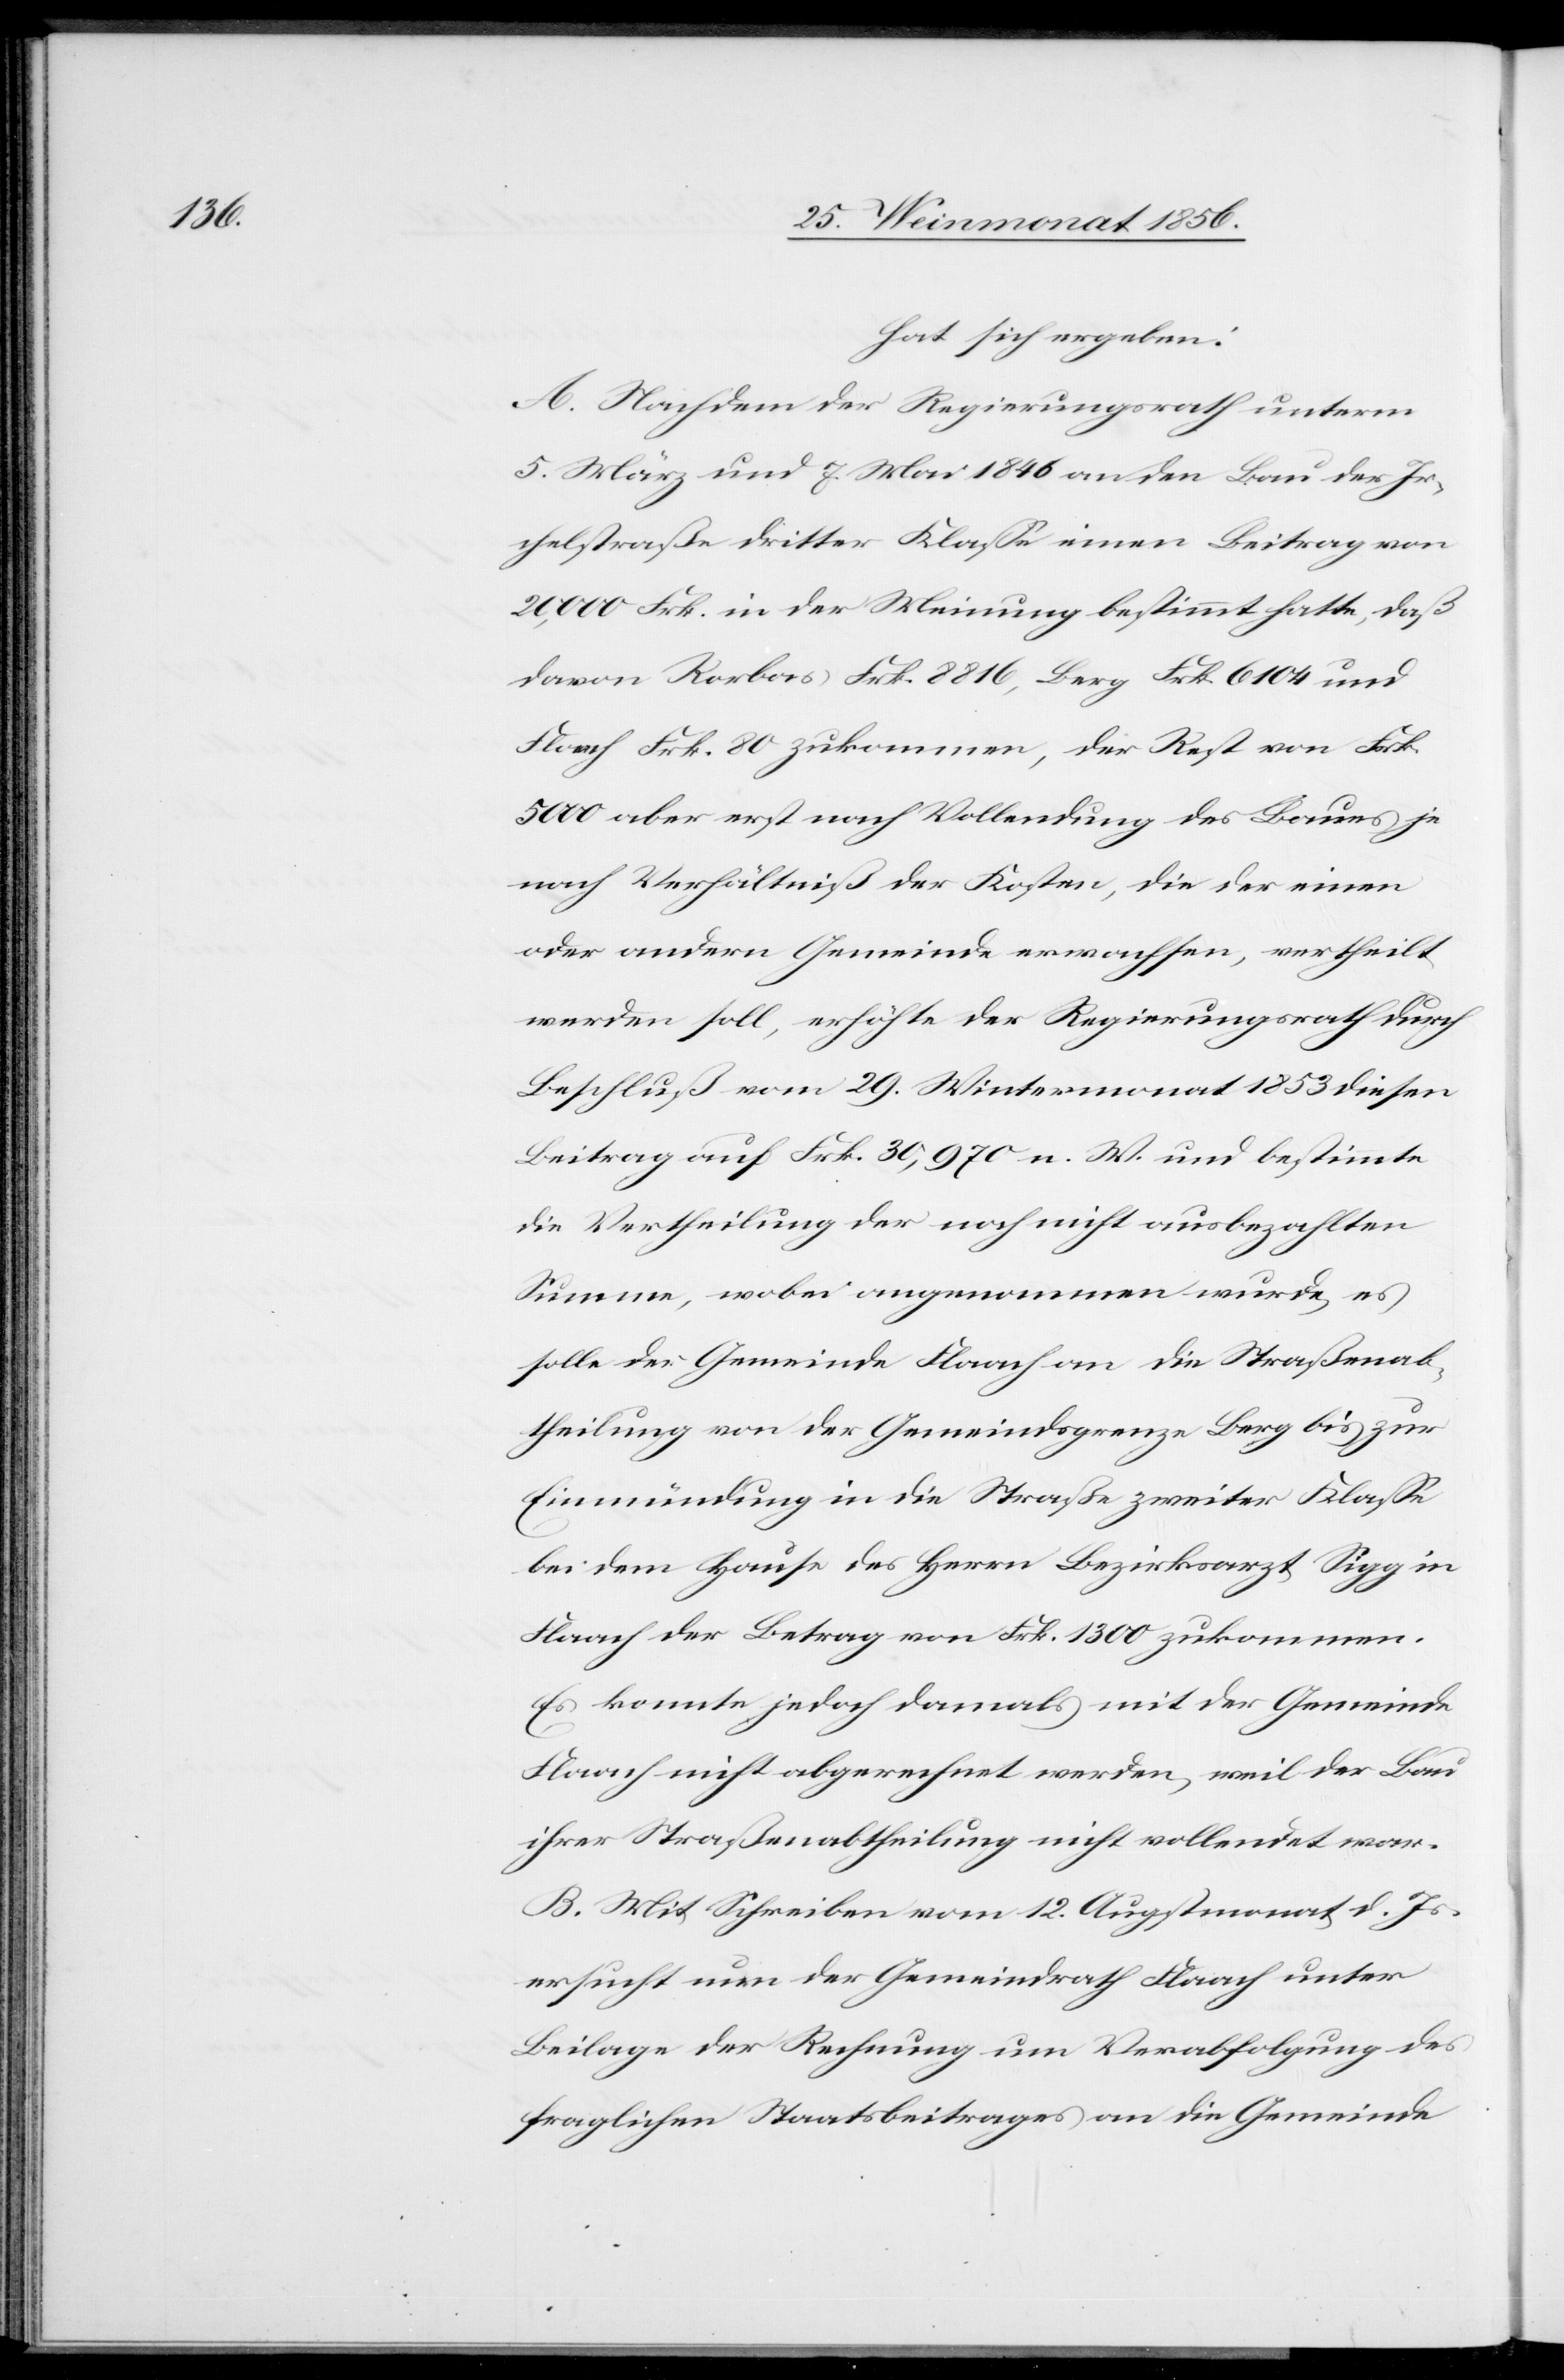
hat sich ergeben:
A. Nachdem der Regierungsrath unterm
5. März und 7. Mai 1846 an den Bau der Ir¬
chelstraße dritter Klasse einen Beitrag von
20,000 Frk. in der Meinung bestimmt hatte, daß
davon Rorbas Frk. 8816, Berg Frk. 6104 und
Flaach Frk. 80 zukommen, der Rest von Frk.
5000 aber erst nach Vollendung des Baues je
nach Verhältniß der Kosten, die der einen
oder andern Gemeinde erwachsen, vertheilt
werden soll, erhöhte der Regierungsrath durch
Beschluß vom 29. Wintermonat 1853 diesen
Beitrag auf Frk. 30,970 n. W. und bestimmte
die Vertheilung der noch nicht ausbezahlten
Summe, wobei angenommen wurde, es
solle der Gemeinde Flaach an die Straßenab¬
theilung von der Gemeindsgrenze Berg bis zur
Einmündung in die Straße zweiter Klasse
bei dem Hause des Herrn Bezirksarzt Sigg in
Flaach der Betrag von Frk. 1300 zukommen.
Es konnte jedoch damals mit der Gemeinde
Flaach nicht abgerechnet werden, weil der Bau
ihrer Straßenabtheilung nicht vollendet war.
B. Mit Schreiben vom 12. Augstmonat d. Js.
ersucht nun der Gemeindrath Flaach unter
Beilage der Rechnung um Verabfolgung des
fraglichen Staatsbeitrages an die Gemeinde